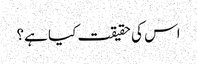
اس کی حقیقت کیا ہے؟